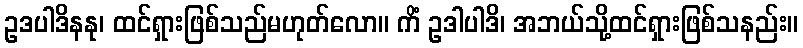
ဥဒပါဒိနနု၊ ထင်ရှားဖြစ်သည်မဟုတ်လော။ ကိံ ဥဒါပါဒိ၊ အဘယ်သို့ထင်ရှားဖြစ်သနည်း။